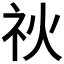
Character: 𥘙